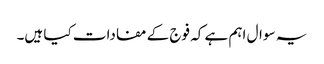
یہ سوال اہم ہے کہ فوج کے مفادات کیا ہیں۔